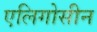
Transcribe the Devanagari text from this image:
एलिगोसीन